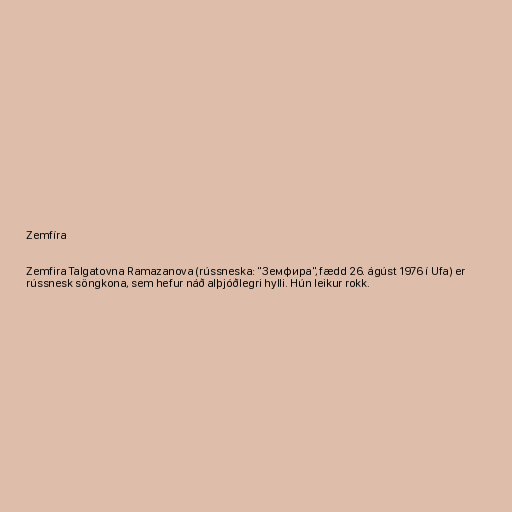
Zemfíra

Zemfira Talgatovna Ramazanova (rússneska: "Земфира", fædd 26. ágúst 1976 í Ufa) er
rússnesk söngkona, sem hefur náð alþjóðlegri hylli. Hún leikur rokk.